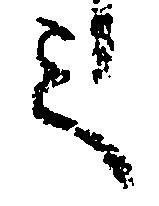
之